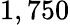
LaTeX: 1,750